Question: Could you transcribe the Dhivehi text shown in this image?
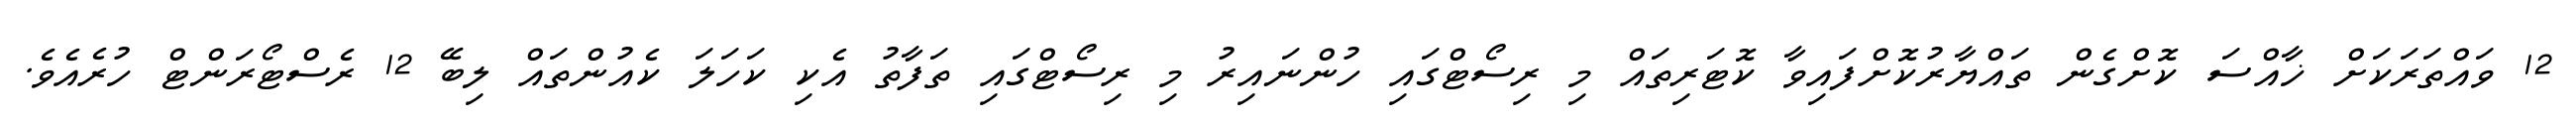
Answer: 12 ވައްތަރަކަށް ޚާއްސަ ކޮށްގެން ތައްޔާރުކޮށްފައިވާ ކޮޓަރިތައް މި ރިސޯޓްގައި ހުންނައިރު މި ރިސޯޓްގައި ތަފާތު އެކި ކަހަލަ ކެއުންތައް ލިބޭ 12 ރެސްޓޯރަންޓް ހުރެއެވެ.